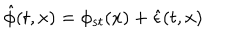
\hat { \phi } ( t , x ) = \phi _ { s t } ( x ) + \hat { \epsilon } ( t , x )